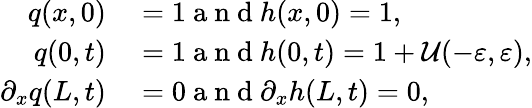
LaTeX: \begin{array}{rl}{q(x,0)}&{{}=1\mathrm{~a~n~d~}h(x,0)=1,}\\ {q(0,t)}&{{}=1\mathrm{~a~n~d~}h(0,t)=1+\mathcal{U}(-\varepsilon,\varepsilon),}\\ {\partial_{x}q(L,t)}&{{}=0\mathrm{~a~n~d~}\partial_{x}h(L,t)=0,}\end{array}